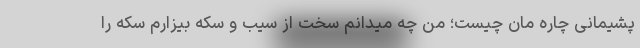
پشیمانی چاره مان چیست؛ من چه میدانم سخت از سیب و سکه بیزارم سکه را